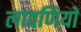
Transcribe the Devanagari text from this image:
लावणियों